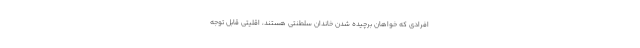
افرادی که خواهان برچیده شدن خاندان سلطنتی هستند، اقلیتی قابل توجه